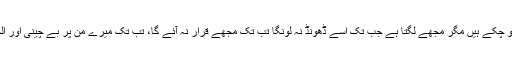
راستے میں کئی واقعات رونما ہو چکے ہیں مگر مجھے لگتا ہے جب تک اسے ڈھونڈ نہ لونگا تب تک مجھے قرار نہ آئے گا، تب تک میرے من پر بے چینی اور الجھن کے بادل چھائے رہیں گے۔